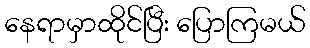
နေရာမှာထိုင်ပြီး ပြောကြမယ်